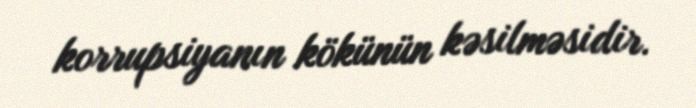
korrupsiyanın kökünün kəsilməsidir.